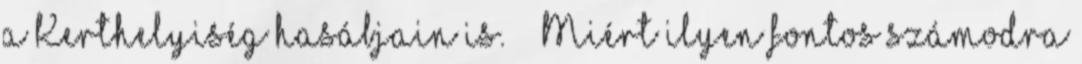
a Kerthelyiség hasábjain is. ·· Miért ilyen fontos számodra